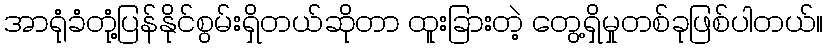
အာရုံခံတုံ့ပြန်နိုင်စွမ်းရှိတယ်ဆိုတာ ထူးခြားတဲ့ တွေ့ရှိမှုတစ်ခုဖြစ်ပါတယ်။